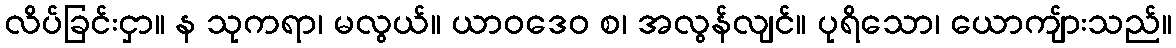
လိပ်ခြင်းငှာ။ န သုကရာ၊ မလွယ်။ ယာဝဒေဝ စ၊ အလွန်လျင်။ ပုရိသော၊ ယောကျ်ားသည်။